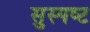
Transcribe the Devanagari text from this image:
सुस्‍पष्‍ट